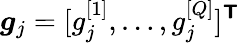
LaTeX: \boldsymbol{g}_{j}=[g_{j}^{[1]},\ldots,g_{j}^{[Q]}]^{\boldsymbol{\mathsf{T}}}